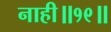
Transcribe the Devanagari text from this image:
नाही॥१९॥